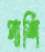
পার্শি